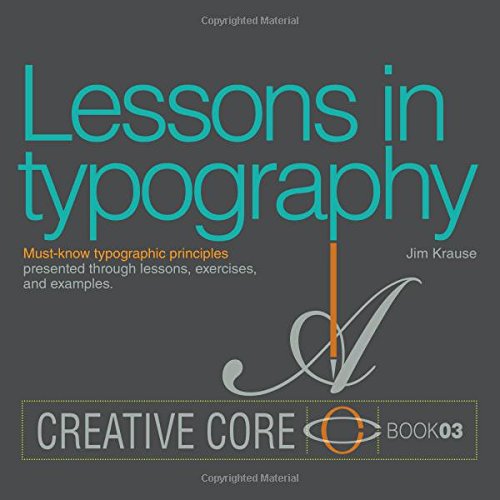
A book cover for Lessons in Typography: Must-know typographic principles presented through lessons, exercises, and examples (Creative Core); Jim Krause; Arts & Photography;